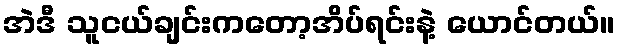
အဲဒီ သူငယ်ချင်းကတော့အိပ်ရင်းနဲ့ ယောင်တယ်။